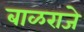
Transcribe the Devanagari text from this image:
बाळराजे